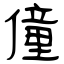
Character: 僮